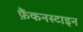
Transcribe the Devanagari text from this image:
फ़ैंकनस्टाइन